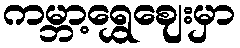
ကမ္ဘာ့ရွှေဈေးမှာ